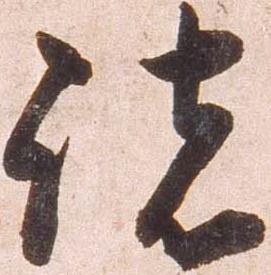
諸